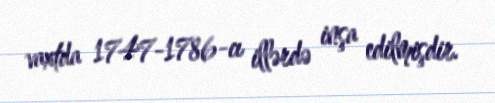
vaxtda 1747-1786-cı illərdə inşa edilmişdir.